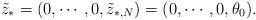
LaTeX: \begin{align*}\tilde{z}_*=(0,\cdots,0,\tilde{z}_{*,N})=(0,\cdots,0,\theta_0).\end{align*}